Lunatic asylums Madras 1877-1891 - 1877-1891
Year: 1877
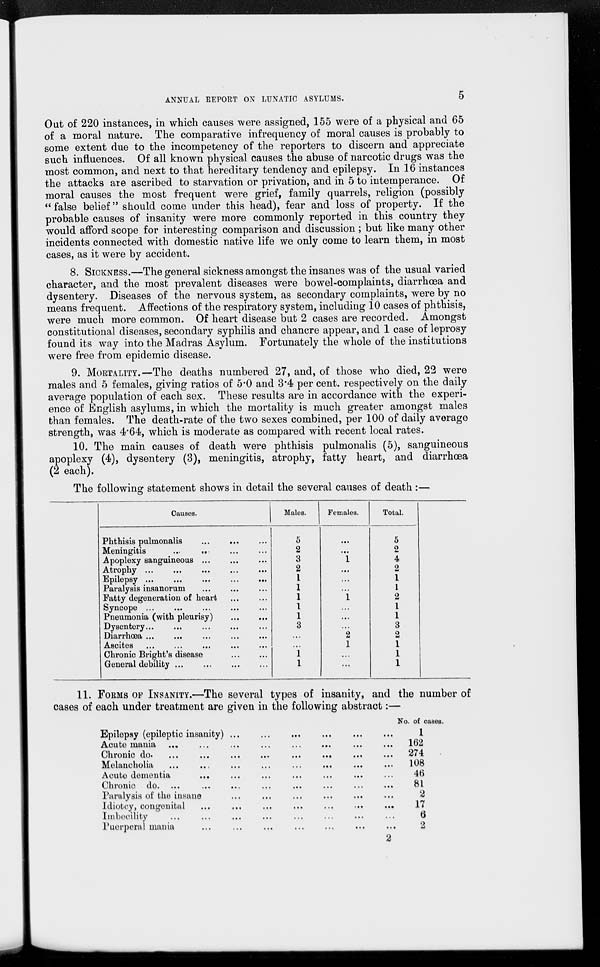
ANNUAL REPORT ON LUNATIC ASYLUMS.
5
Out of 220 instances, in which causes were assigned, 155 were of a physical and 65
of a moral nature. The comparative infrequency of moral causes is probably to
some extent due to the incompetency of the reporters to discern and appreciate
such influences. Of all known physical causes the abuse of narcotic drugs was the
most common, and next to that hereditary tendency and epilepsy. In 16 instances
the attacks are ascribed to starvation or privation, and in 5 to intemperance. Of
moral causes the most frequent were grief, family quarrels, religion (possibly
"false belief" should come under this head), fear and loss of property. If the
probable causes of insanity were more commonly reported in this country they
would afford scope for interesting comparison and discussion; but like many other
incidents connected with domestic native life we only come to learn them, in most
cases, as it were by accident.
8. SICKNESS.—The general sickness amongst the insanes was of the usual varied
character, and the most prevalent diseases were bowel-complaints, diarrhœa and
dysentery. Diseases of the nervous system, as secondary complaints, were by no
means frequent. Affections of the respiratory system, including 10 cases of phthisis,
were much more common. Of heart disease but 2 cases are recorded. Amongst
constitutional diseases, secondary syphilis and chancre appear, and 1 case of leprosy
found its way into the Madras Asylum. Fortunately the whole of the institutions
were free from epidemic disease.
9. MORTALITY.—The deaths numbered 27, and, of those who died, 22 were
males and 5 females, giving ratios of 5.0 and 3.4 per cent. respectively on the daily
average population of each sex. These results are in accordance with the experi-
ence of English asylums, in which the mortality is much greater amongst males
than females. The death-rate of the two sexes combined, per 100 of daily average
strength, was 4.64, which is moderate as compared with recent local rates.
10. The main causes of death were phthisis pulmonalis (5), sanguineous
apoplexy (4), dysentery (3), meningitis, atrophy, fatty heart, and diarrhœa
(2 each).
The following statement shows in detail the several causes of death :—
Causes.
Phthisis pulmonalis ... ... ...
Meningitis
... ... ... ...
Apoplexy sanguineous ... ... ...
Atrophy ...
...
...
...
...
Epilepsy ...
...
...
...
...
Paralysis insanorum ... ... ...
Fatty degeneration of heart ... ...
Syncope ... ...
...
...
...
Pneumonia (with pleurisy) ... ...
Dysentery ... ... ... ... ...
Diarrhœa ...
...
...
...
...
Ascites
...
...
...
...
...
Chronic Bright's disease ... ...
General debility ... ... ... ...
Males.
5
2
3
2
1
1
1
1
1
3
...
...
1
1
Females.
...
...
1
...
...
...
1
...
...
...
2
1
...
...
Total.
5
2
4
2
1
1
2
1
1
3
2
1
1
1
11. FORMS OF INSANITY.—The several types of insanity, and the number of
cases of each under treatment are given in the following abstract:—
Epilepsy (epileptic insanity) ... ... ... ... ... ...
Acute mania
...
...
...
...
...
...
...
...
Chronic do.
...
...
...
...
...
...
...
...
Melancholia
...
...
...
...
...
...
...
Acute dementia
...
...
...
...
...
...
Chronic do. ...
...
...
...
...
...
...
...
Paralysis of the insane ... ... ... ... ... ...
Idiotcy, congenital
...
...
...
...
...
...
...
Imbecility ... ... ... ... ... ...
Puerperal mania ... ... ... ... ... ...
2
No. of cases.
1
162
274
108
46
81
2
17
6
2